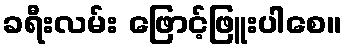
ခရီးလမ်း ဖြောင့်ဖြူးပါစေ။